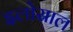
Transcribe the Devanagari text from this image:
इलोसाल